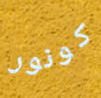
كونور